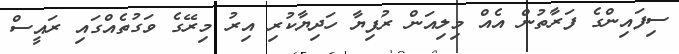
ސިފައިންގެ ފަރާތުން އެއް މިލިއަން ރުފިޔާ ހަދިޔާކުރި އިރު މިރޭގެ ވަގުތެއްގައި ރައީސް